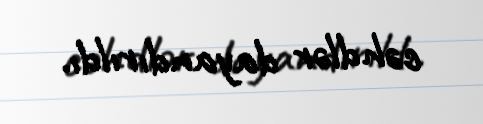
cəhdlər dayandırıldı.